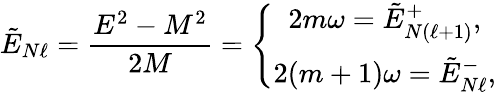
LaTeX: \tilde{E}_{N\ell}={\frac{E^{2}-M^{2}}{2M}}=\left\{ \begin{array}{c}{{2m\omega=\tilde{E}_{N(\ell+1)}^{+},}}\\ {{2(m+1)\omega=\tilde{E}_{N\ell}^{-},}}\end{array}\right.